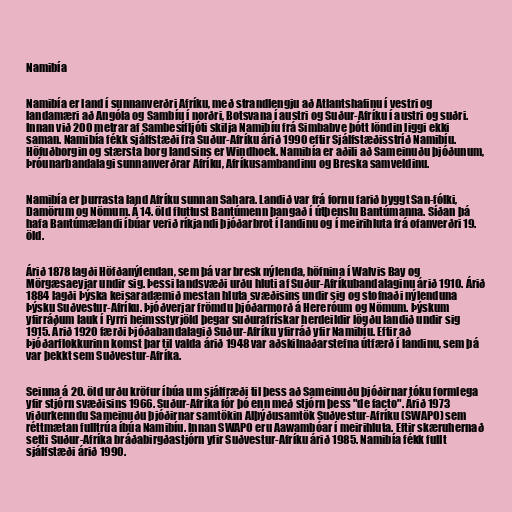
Namibía

Namibía er land í sunnanverðri Afríku, með strandlengju að Atlantshafinu í vestri og
landamæri að Angóla og Sambíu í norðri, Botsvana í austri og Suður-Afríku í austri og suðri.
Innan við 200 metrar af Sambesífljóti skilja Namibíu frá Simbabve þótt löndin liggi ekki
saman. Namibía fékk sjálfstæði frá Suður-Afríku árið 1990 eftir Sjálfstæðisstríð Namibíu.
Höfuðborgin og stærsta borg landsins er Windhoek. Namibía er aðili að Sameinuðu þjóðunum,
Þróunarbandalagi sunnanverðrar Afríku, Afríkusambandinu og Breska samveldinu.

Namibía er þurrasta land Afríku sunnan Sahara. Landið var frá fornu farið byggt San-fólki,
Damörum og Nömum. Á 14. öld fluttust Bantúmenn þangað í útþenslu Bantúmanna. Síðan þá
hafa Bantúmælandi íbúar verið ríkjandi þjóðarbrot í landinu og í meirihluta frá ofanverðri 19.
öld.

Árið 1878 lagði Höfðanýlendan, sem þá var bresk nýlenda, höfnina í Walvis Bay og
Mörgæsaeyjar undir sig. Þessi landsvæði urðu hluti af Suður-Afríkubandalaginu árið 1910. Árið
1884 lagði Þýska keisaradæmið mestan hluta svæðisins undir sig og stofnaði nýlenduna
Þýsku Suðvestur-Afríku. Þjóðverjar frömdu þjóðarmorð á Hereróum og Nömum. Þýskum
yfirráðum lauk í Fyrri heimsstyrjöld þegar suðurafrískar herdeildir lögðu landið undir sig
1915. Árið 1920 færði Þjóðabandalagið Suður-Afríku yfirráð yfir Namibíu. Eftir að
Þjóðarflokkurinn komst þar til valda árið 1948 var aðskilnaðarstefna útfærð í landinu, sem þá
var þekkt sem Suðvestur-Afríka.

Seinna á 20. öld urðu kröfur íbúa um sjálfræði til þess að Sameinuðu þjóðirnar tóku formlega
yfir stjórn svæðisins 1966. Suður-Afríka fór þó enn með stjórn þess "de facto". Árið 1973
viðurkenndu Sameinuðu þjóðirnar samtökin Alþýðusamtök Suðvestur-Afríku (SWAPO) sem
réttmætan fulltrúa íbúa Namibíu. Innan SWAPO eru Aawambóar í meirihluta. Eftir skæruhernað
setti Suður-Afríka bráðabirgðastjórn yfir Suðvestur-Afríku árið 1985. Namibía fékk fullt
sjálfstæði árið 1990.